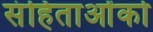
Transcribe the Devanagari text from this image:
संहिताओंको